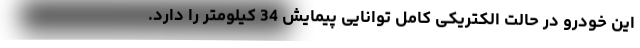
این خودرو در حالت الکتریکی کامل توانایی پیمایش 34 کیلومتر را دارد.